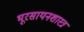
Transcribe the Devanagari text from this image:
भूरसायनशास्त्र